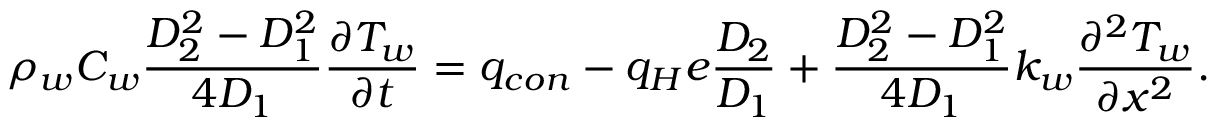
\rho _ { w } C _ { w } \frac { D _ { 2 } ^ { 2 } - D _ { 1 } ^ { 2 } } { 4 D _ { 1 } } \frac { \partial T _ { w } } { \partial t } = q _ { c o n } - q _ { H } e \frac { D _ { 2 } } { D _ { 1 } } + \frac { D _ { 2 } ^ { 2 } - D _ { 1 } ^ { 2 } } { 4 D _ { 1 } } k _ { w } \frac { \partial ^ { 2 } T _ { w } } { \partial x ^ { 2 } } .